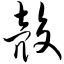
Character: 壳